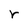
Character: r